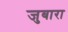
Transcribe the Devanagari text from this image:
जुबारा